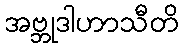
အဗ္ဘုဒါဟာသီတိ